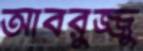
আবরুজ্জু